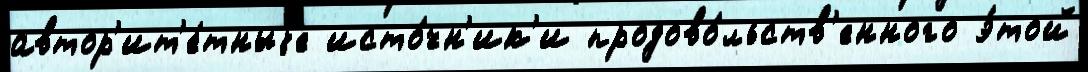
автор'ит'е́тныjе исто́чн'ик'и продово́льств'енного э́той